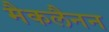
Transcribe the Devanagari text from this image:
मैकलैनन